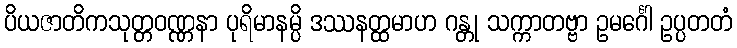
ပိယဇာတိကသုတ္တဝဏ္ဏနာ ပုရိမာနမ္ပိ ဒဿနတ္ထမာဟ ဂန္တု သက္ကာတဗ္ဗာ ဥမင်္ဂေါ ဥပ္ပတတံ